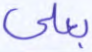
بعلي